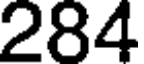
284